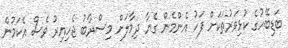
ބަޑިބޭހުގެ ކުޅިވަރުތަކަށް ފަހު އެންމެން ގެޔާ ދިމާލަށް މިސްރާބު ޖެހިއިރު ވެސް އެކަމުން